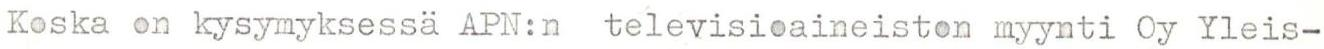
Koska on kysymyksessä APN:n televisioaineiston myynti Oy Yleis-